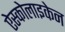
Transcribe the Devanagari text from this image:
ऐस्कोलाइकेन